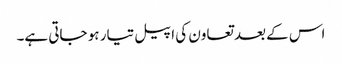
اس کے بعد تعاون کی اپیل تیار ہو جاتی ہے۔